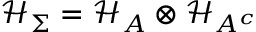
\mathcal { H } _ { \Sigma } = \mathcal { H } _ { A } \otimes \mathcal { H } _ { A ^ { c } }